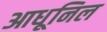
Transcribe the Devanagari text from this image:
आधूनिल